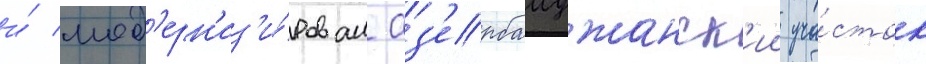
и́ мод'ерн'из'и́рован аз'ербаиджанск'ии уча́сток